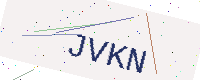
Text: JVKN